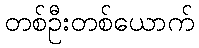
တစ်ဦးတစ်ယောက်